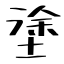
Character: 塗